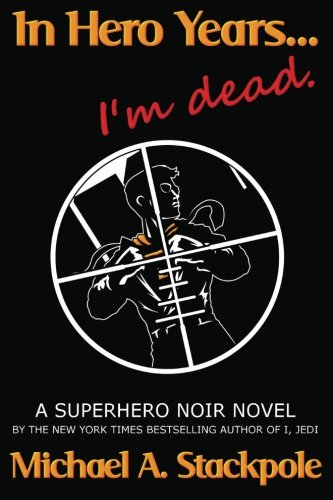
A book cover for In Hero Years.... I'm Dead: A Superhero Noir Novel; Michael A. Stackpole; Literature & Fiction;